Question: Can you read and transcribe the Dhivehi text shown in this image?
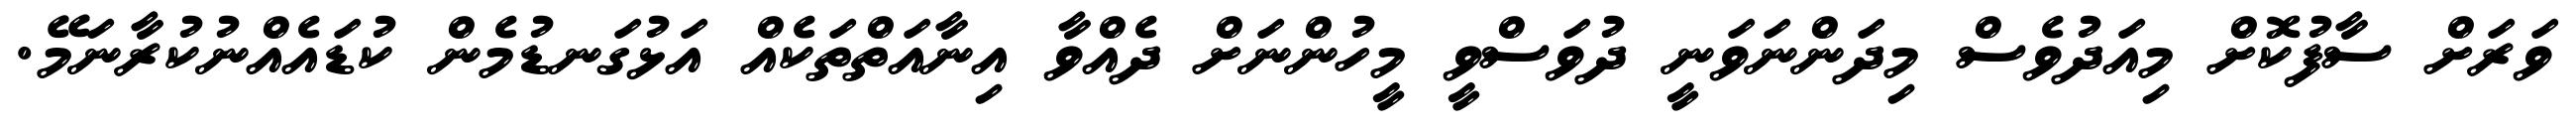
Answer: ވަރަށް ސާފުކޮށް މިއަދުވެސް މިދަންނަވަނީ ދުވަސްވީ މީހުންނަށް ދެއްވާ އިނާއަތްތަކެއް އަޅުގަނޑުމެން ކުޑައެއްނުކުރާނަމޭ.